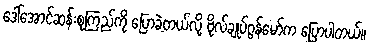
ဒေါ်အောင်ဆန်းစုကြည်ကို ပြောခဲ့တယ်လို့ ဗိုလ်ချုပ်ဂွန်မော်က ပြောပါတယ်။